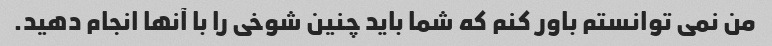
من نمی توانستم باور کنم که شما باید چنین شوخی را با آنها انجام دهید.